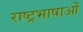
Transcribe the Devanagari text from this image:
राष्ट्रभाषाओं